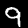
Label: 9